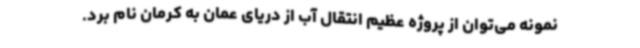
نمونه می‌توان از پروژه عظیم انتقال آب از دریای عمان به کرمان نام برد.